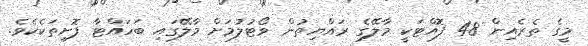
މީގެ ތެރެއިން 48 ފޮއްޓަކީ މާލޭގެ ރައްޔިތުން ވޯޓުލުމަށް މާލޭގައި ބަހައްޓާ ފޮށިތަކެކެވެ.